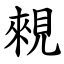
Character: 䚅